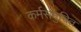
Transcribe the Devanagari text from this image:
कर्मसमुच्चित